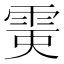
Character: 𩂲